Scottish Certificate of Education, 1963
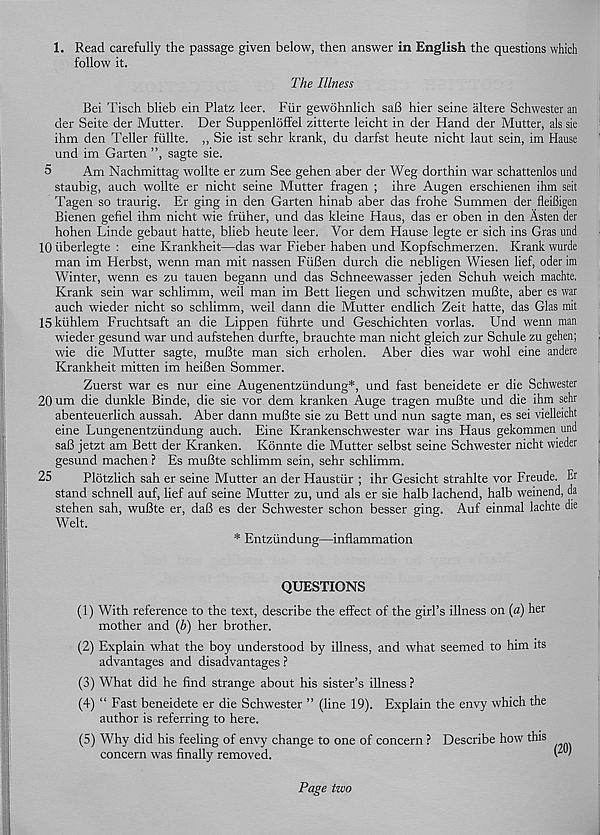
1. Read carefully the passage given below, then answer in English the questions which
follow it.
The Illness
Bei Tisch blieb ein Platz leer. Fur gewohnlich saB hier seine iiltere Schwester an
der Seite der Mutter. Der Suppenloffel zitterte leicht in der Hand der Mutter, als sie
ihm den Teller fiillte. ,, Sie ist sehr krank, du darfst heute nicht laut sein, im Hause
und im Garten ”, sagte sie.
5
Am Nachmittag wollte er zum See gehen aber der Weg dorthin war schattenlos und
staubig, auch wollte er nicht seine Mutter fragen ; ihre Augen erschienen ihm seit
Tagen so traurig. Er ging in den Garten hinab aber das frohe Surnmen der fleifiigen
Bienen gefiel ihm nicht wie friiher, und das kleine Haus, das er oben in den Asten der
hohen Linde gebaut hatte, blieb heute leer. Vor dem Hause legte er sich ins Gras und
10 iiberlegte : eine Krankheit—das war Fieber haben und Kopfschmerzen. Krank wurde
man im Herbst, wenn man mit nassen FiiBen durch die nebligen Wiesen lief, oder im
Winter, wenn es zu tauen begann und das Schneewasser jeden Schuh weich machte.
Krank sein war schlimm, weil man im Bett liegen und schwitzen muBte, aber es war
auch wieder nicht so schlimm, weil dann die Mutter endlich Zeit hatte, das Glas mit
15 kiihlem Fruchtsaft an die Lippen fiihrte und Geschichten vorlas. Und wenn man
wieder gesund war und aufstehen durfte, brauchte man nicht gleich zur Schule zu gehen;
wie die Mutter sagte, muBte man sich erholen. Aber dies war wohl eine andere
Krankheit mitten im heiBen Sommer.
Zuerst war es nur eine Augenentziindung*, und fast beneidete er die Schwester
20 um die dunkle Binde, die sie vor dem kranken Auge tragen muBte und die ihm sehr
abenteuerlich aussah. Aber dann muBte sie zu Bett und nun sagte man, es sei vielleicht
eine Lungenentziindung auch. Eine Krankenschwester war ins Haus gekommen und
saB jetzt am Bett der Kranken. Konnte die Mutter selbst seine Schwester nicht wieder
gesund machen ? Es muBte schlimm sein, sehr schlimm.
25
Plotzlich sah er seine Mutter an der Haustiir ; ihr Gesicht strahlte vor Freude. Er
stand schnell auf, lief auf seine Mutter zu, und als er sie halb lachend, halb weinend, da
stehen sah, wuBte er, daB es der Schwester schon besser ging. Auf einmal lachte die
Welt.
* Entziindung—inflammation
QUESTIONS
(1) With reference to the text, describe the effect of the girl’s illness on {a) her
mother and (b) her brother.
(2) Explain what the boy understood by illness, and what seemed to him its
advantages and disadvantages ?
(3) What did he find strange about his sister’s illness ?
(4) “ Fast beneidete er die Schwester ” (line 19). Explain the envy which the
author is referring to here.
(5) Why did his feeling of envy change to one of concern ? Describe how this
concern was finally removed.
Page two